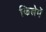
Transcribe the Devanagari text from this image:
किलेमें